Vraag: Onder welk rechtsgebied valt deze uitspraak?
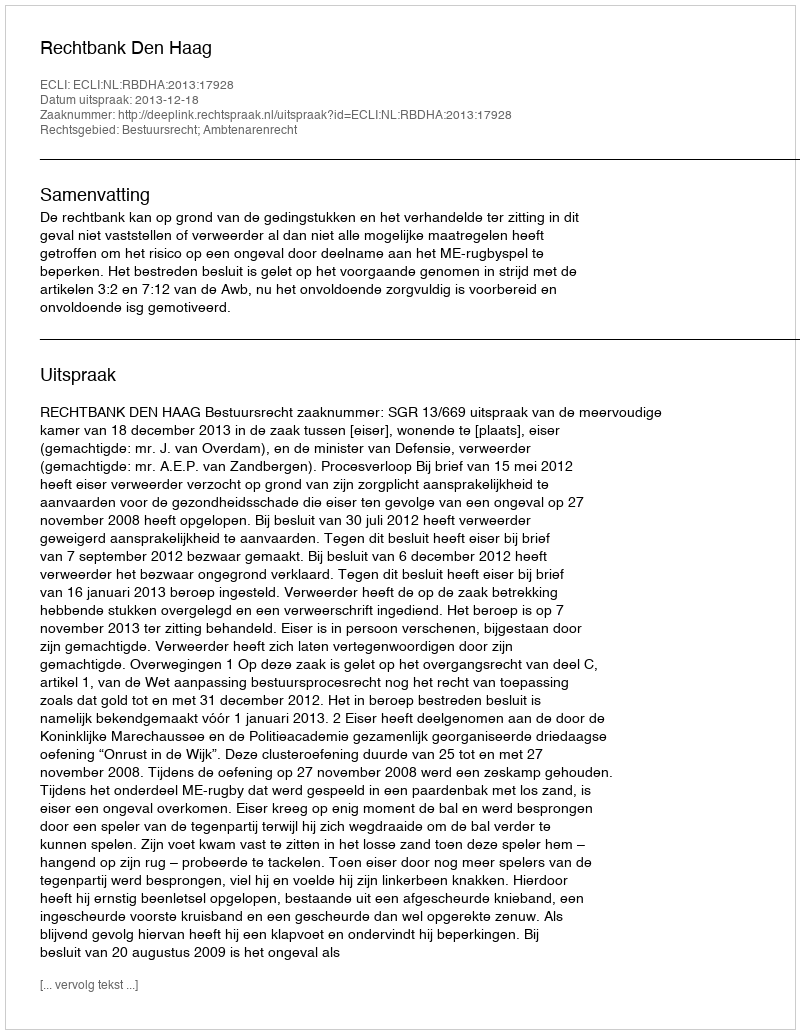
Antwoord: Bestuursrecht; Ambtenarenrecht